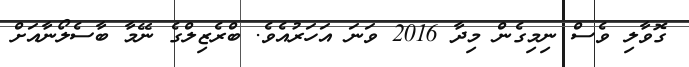
ގޮވާލި ވެސް ނިމިގެން މިދާ 2016 ވަނަ އަހަރުއެވެ. ބްރެޒިލްގެ ނޭމާ ބާސެލޯނާއަށް